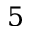
5